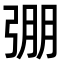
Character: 弸